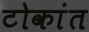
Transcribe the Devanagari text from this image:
टोकांत